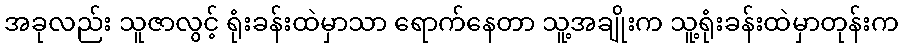
အခုလည်း သူဇာလွင့် ရုံးခန်းထဲမှာသာ ရောက်နေတာ သူ့အချိုးက သူ့ရုံးခန်းထဲမှာတုန်းက